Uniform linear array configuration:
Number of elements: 64
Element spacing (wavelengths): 0.75
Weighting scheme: uniform
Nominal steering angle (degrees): -30
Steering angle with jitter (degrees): -30.838
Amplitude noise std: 0.05
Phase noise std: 0.05

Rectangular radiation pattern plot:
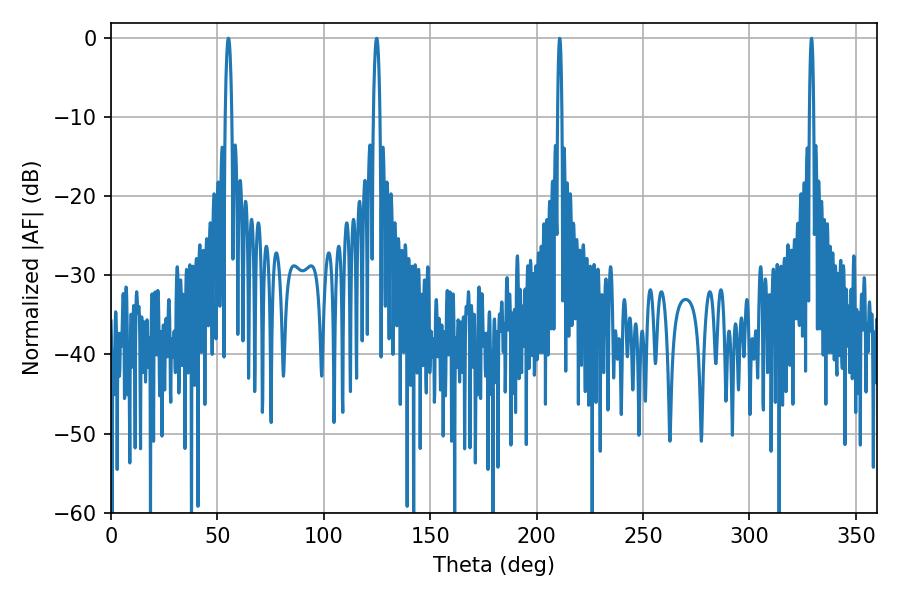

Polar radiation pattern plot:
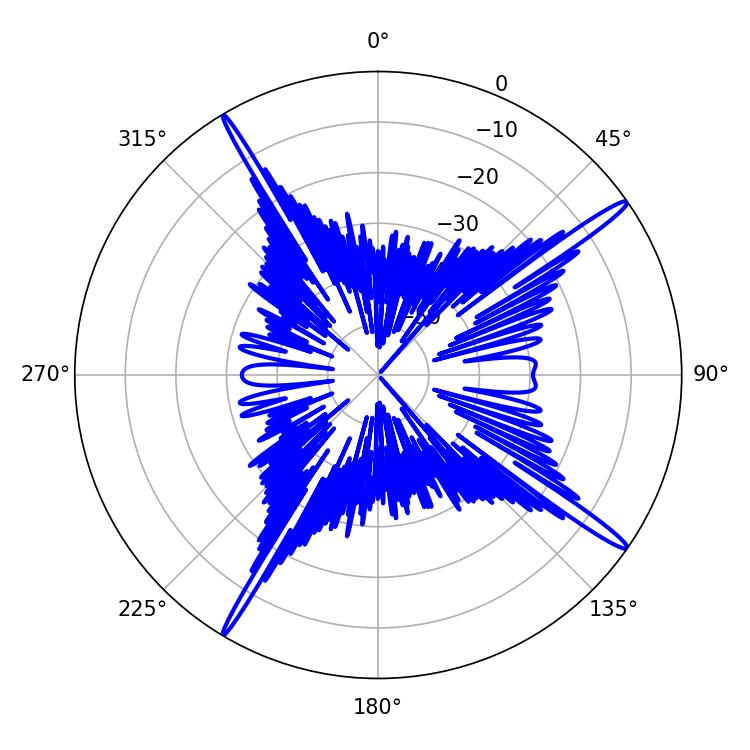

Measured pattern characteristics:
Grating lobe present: TRUE
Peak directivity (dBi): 17.549
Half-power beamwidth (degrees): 1.08
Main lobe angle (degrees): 210.78